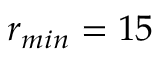
r _ { m i n } = 1 5